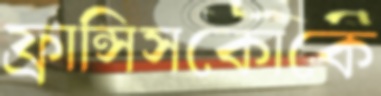
ফ্রান্সিসকোকে